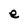
Character: e